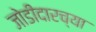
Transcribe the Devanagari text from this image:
जोडीदारच्या